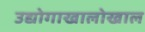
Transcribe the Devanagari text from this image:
उद्योगाखालोखाल